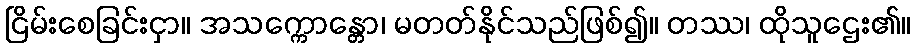
ငြိမ်းစေခြင်းငှာ။ အသက္ကောန္တော၊ မတတ်နိုင်သည်ဖြစ်၍။ တဿ၊ ထိုသူဌေး၏။